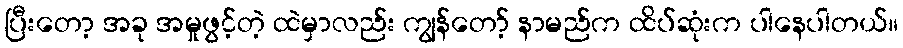
ပြီးတော့ အခု အမှုဖွင့်တဲ့ ထဲမှာလည်း ကျွန်တော့် နာမည်က ထိပ်ဆုံးက ပါနေပါတယ်။